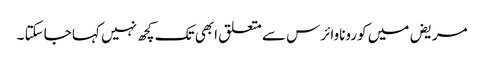
مریض میں کوروناوائرس سے متعلق ابھی تک کچھ نہیں کہا جاسکتا ۔